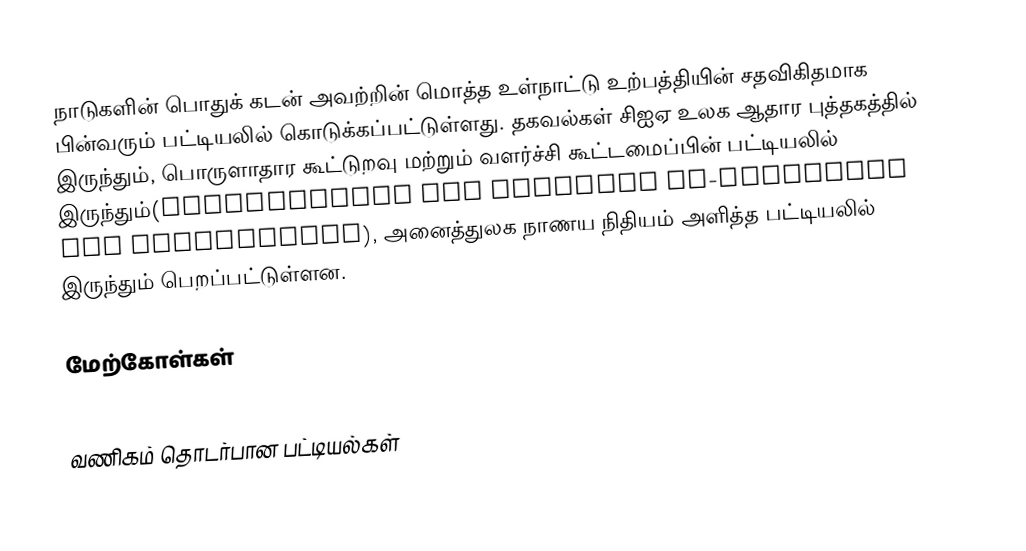
நாடுகளின் பொதுக் கடன் அவற்றின் மொத்த உள்நாட்டு உற்பத்தியின் சதவிகிதமாக பின்வரும் பட்டியலில் கொடுக்கப்பட்டுள்ளது. தகவல்கள் சிஐஏ உலக ஆதார புத்தகத்தில் இருந்தும், பொருளாதார கூட்டுறவு மற்றும் வளர்ச்சி கூட்டமைப்பின் பட்டியலில் இருந்தும்(Organisation for Economic Co-operation and Development), அனைத்துலக நாணய நிதியம் அளித்த பட்டியலில் இருந்தும் பெறப்பட்டுள்ளன.

மேற்கோள்கள்

வணிகம் தொடர்பான பட்டியல்கள்